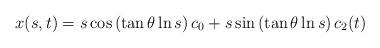
LaTeX: \begin{align*} x(s,t)=s\cos \left(\tan \theta \ln s\right) c_0+s \sin \left(\tan \theta \ln s\right) c_2(t)\end{align*}